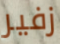
زفير